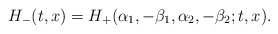
\begin{align*}H_{-}(t, x) = H_{+}(\alpha_{1}, -\beta_{1}, \alpha_{2}, -\beta_{2}; t, x).\end{align*}